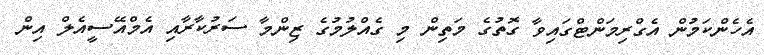
އެހެންކަމުން އެގްރިމަންޓްގައިވާ ގޮތުގެ މަތިން މި ގެއްލުމުގެ ޒިންމާ ސަރުކާރާއި އެމްއޭސީއެލް އިން